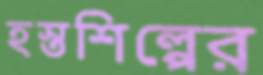
হস্তশিল্পের